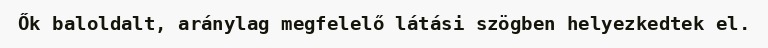
Ők baloldalt, aránylag megfelelő látási szögben helyezkedtek el.